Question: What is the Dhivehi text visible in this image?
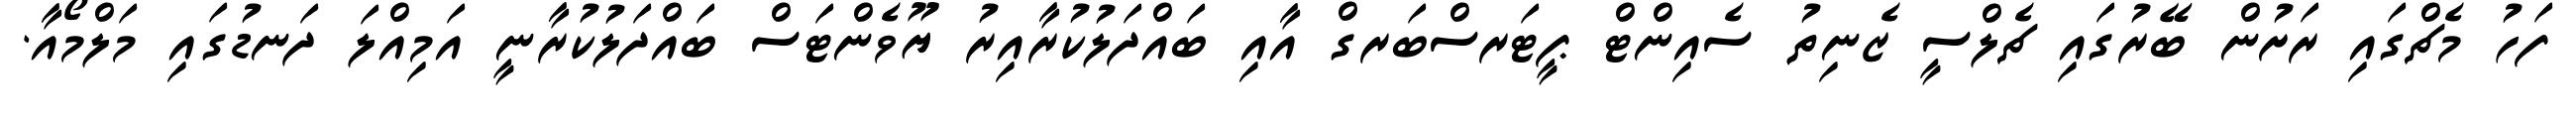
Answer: ފަހު މެޗްގައި ރަށުން ބޭރުގައި ޗެލްސީ ޒެނިތު ސެއިންޓް ޕީޓަރސްބަރގް އާއި ބައްދަލުކުރާއިރު ޔޫވެންޓަސް ބައްދަލުކުރާނީ އަމިއްލަ ދަނޑުގައި މަލްމޯއާ.